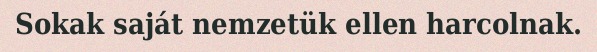
Sokak saját nemzetük ellen harcolnak.